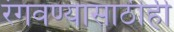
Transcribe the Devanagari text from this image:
रंगवण्यासाठीही